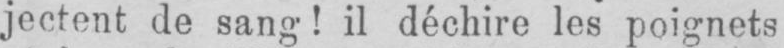
jectent de sang! il déchire les poignets